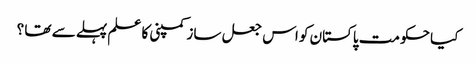
کیا حکومت پاکستان کو اس جعل ساز کمپنی کا علم پہلے سے تھا ؟